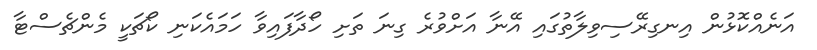
އަނެއްކޮޅުން އިނގިރޭސިވިލާތުގައި އޭނާ އަށްވުރެ ގިނަ ތަށި ހޯދާފައިވާ ހަމައެކަނި ކޯޗަކީ މެންޗެސްޓާ